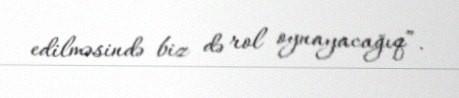
edilməsində biz də rol oynayacağıq”.